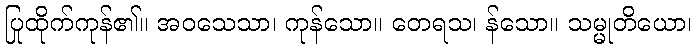
ပြုထိုက်ကုန်၏။ အဝသေသာ၊ ကုန်သော။ တေရသ၊ န်သော။ သမ္မုတိယော၊